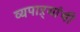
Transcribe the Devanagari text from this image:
व्यपाऱ्यांची